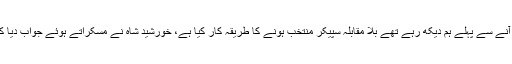
سیکرٹری اسمبلی نے کہا کہ آپ کے آنے سے پہلے ہم دیکھ رہے تھے بلا مقابلہ سپیکر منتخب ہونے کا طریقہ کار کیا ہے، خورشید شاہ نے مسکراتے ہوئے جواب دیا کہ یہ تو پھر میرے خلاف سازش تھی۔